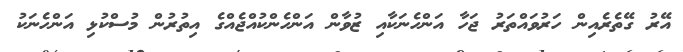
އޭރު ގޭތެރެއިން ހަރުވައްތަރު ޖަހާ އަންހެނަކާއި ޒުވާން އަންހެންކުއްޖެއްގެ އިތުރުން މުސްކުޅި އަންހެނަކު